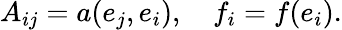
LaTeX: A_{ij}=a(e_{j},e_{i}),\quad f_{i}=f(e_{i}).